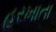
હરખાતા